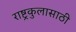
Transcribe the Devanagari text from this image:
राष्ट्रकुलासाठी